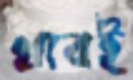
খাবই